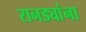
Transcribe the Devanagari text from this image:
रानड्यांना